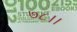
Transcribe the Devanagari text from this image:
७८।।